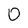
Character: 0